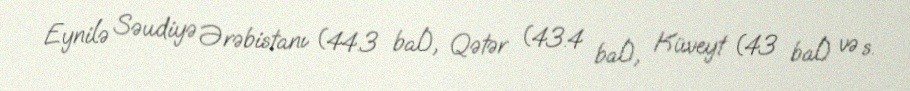
Eynilə Səudiyə Ərəbistanı (44.3 bal), Qətər (43.4 bal), Küveyt (43 bal) və s.